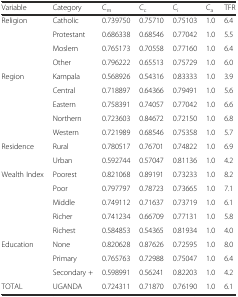
<table><thead><tr><td><b>Variable</b></td><td><b>Category</b></td><td><b>C<sub>m</sub></b></td><td><b>C<sub>c</sub></b></td><td><b>C<sub>i</sub></b></td><td><b>C<sub>a</sub></b></td><td><b>TFR</b></td></tr></thead><tbody><tr><td>Religion</td><td>Catholic</td><td>0.739750</td><td>0.75710</td><td>0.75103</td><td>1.0</td><td>6.4</td></tr><tr><td></td><td>Protestant</td><td>0.686338</td><td>0.68546</td><td>0.77042</td><td>1.0</td><td>5.5</td></tr><tr><td></td><td>Moslem</td><td>0.765173</td><td>0.70558</td><td>0.77160</td><td>1.0</td><td>6.4</td></tr><tr><td></td><td>Other</td><td>0.796222</td><td>0.65513</td><td>0.75729</td><td>1.0</td><td>6.0</td></tr><tr><td>Region</td><td>Kampala</td><td>0.568926</td><td>0.54316</td><td>0.83333</td><td>1.0</td><td>3.9</td></tr><tr><td></td><td>Central</td><td>0.718897</td><td>0.64366</td><td>0.79491</td><td>1.0</td><td>5.6</td></tr><tr><td></td><td>Eastern</td><td>0.758391</td><td>0.74057</td><td>0.77042</td><td>1.0</td><td>6.6</td></tr><tr><td></td><td>Northern</td><td>0.723603</td><td>0.84672</td><td>0.72150</td><td>1.0</td><td>6.8</td></tr><tr><td></td><td>Western</td><td>0.721989</td><td>0.68546</td><td>0.75358</td><td>1.0</td><td>5.7</td></tr><tr><td>Residence</td><td>Rural</td><td>0.780517</td><td>0.76701</td><td>0.74822</td><td>1.0</td><td>6.9</td></tr><tr><td></td><td>Urban</td><td>0.592744</td><td>0.57047</td><td>0.81136</td><td>1.0</td><td>4.2</td></tr><tr><td>Wealth Index</td><td>Poorest</td><td>0.821068</td><td>0.89191</td><td>0.73233</td><td>1.0</td><td>8.2</td></tr><tr><td></td><td>Poor</td><td>0.797797</td><td>0.78723</td><td>0.73665</td><td>1.0</td><td>7.1</td></tr><tr><td></td><td>Middle</td><td>0.749112</td><td>0.71637</td><td>0.73719</td><td>1.0</td><td>6.1</td></tr><tr><td></td><td>Richer</td><td>0.741234</td><td>0.66709</td><td>0.77131</td><td>1.0</td><td>5.8</td></tr><tr><td></td><td>Richest</td><td>0.584853</td><td>0.54365</td><td>0.81934</td><td>1.0</td><td>4.0</td></tr><tr><td>Education</td><td>None</td><td>0.820628</td><td>0.87626</td><td>0.72595</td><td>1.0</td><td>8.0</td></tr><tr><td></td><td>Primary</td><td>0.765763</td><td>0.72988</td><td>0.75047</td><td>1.0</td><td>6.4</td></tr><tr><td></td><td>Secondary +</td><td>0.598991</td><td>0.56241</td><td>0.82203</td><td>1.0</td><td>4.2</td></tr><tr><td>TOTAL</td><td>UGANDA</td><td>0.724311</td><td>0.71870</td><td>0.76190</td><td>1.0</td><td>6.1</td></tr></tbody></table>